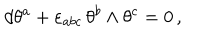
LaTeX: d \theta ^ { a } + \varepsilon _ { a b c } \, \theta ^ { b } \wedge \theta ^ { c } = 0 \, ,